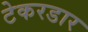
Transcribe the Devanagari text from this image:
टेकरडार